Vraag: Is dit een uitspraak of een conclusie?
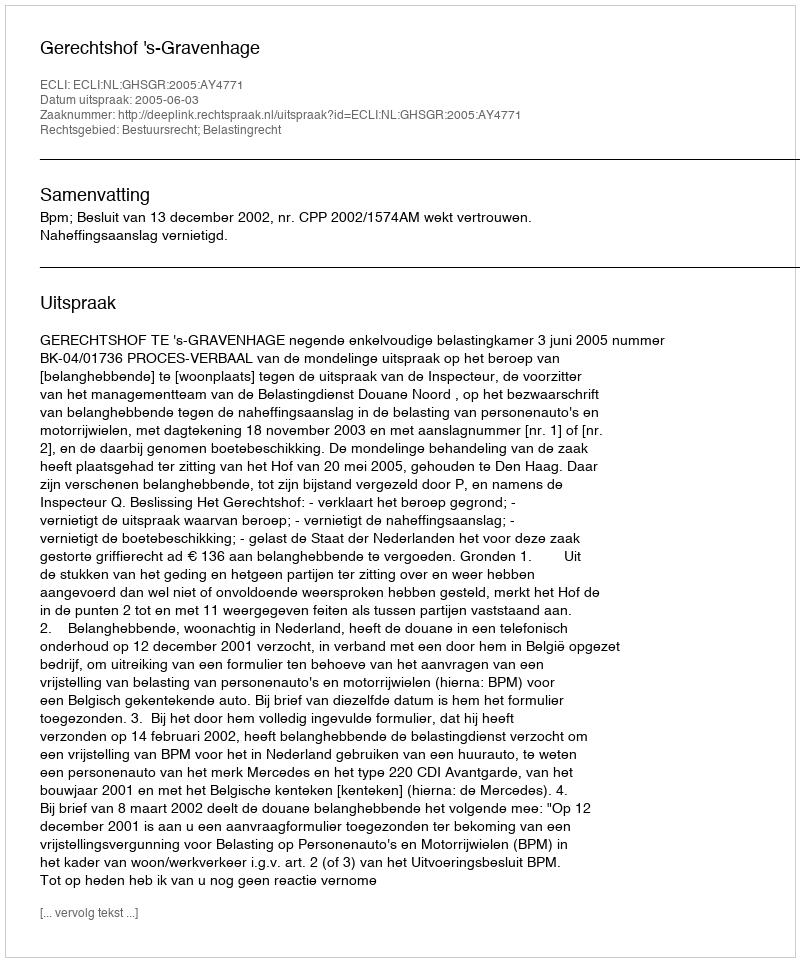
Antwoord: Uitspraak